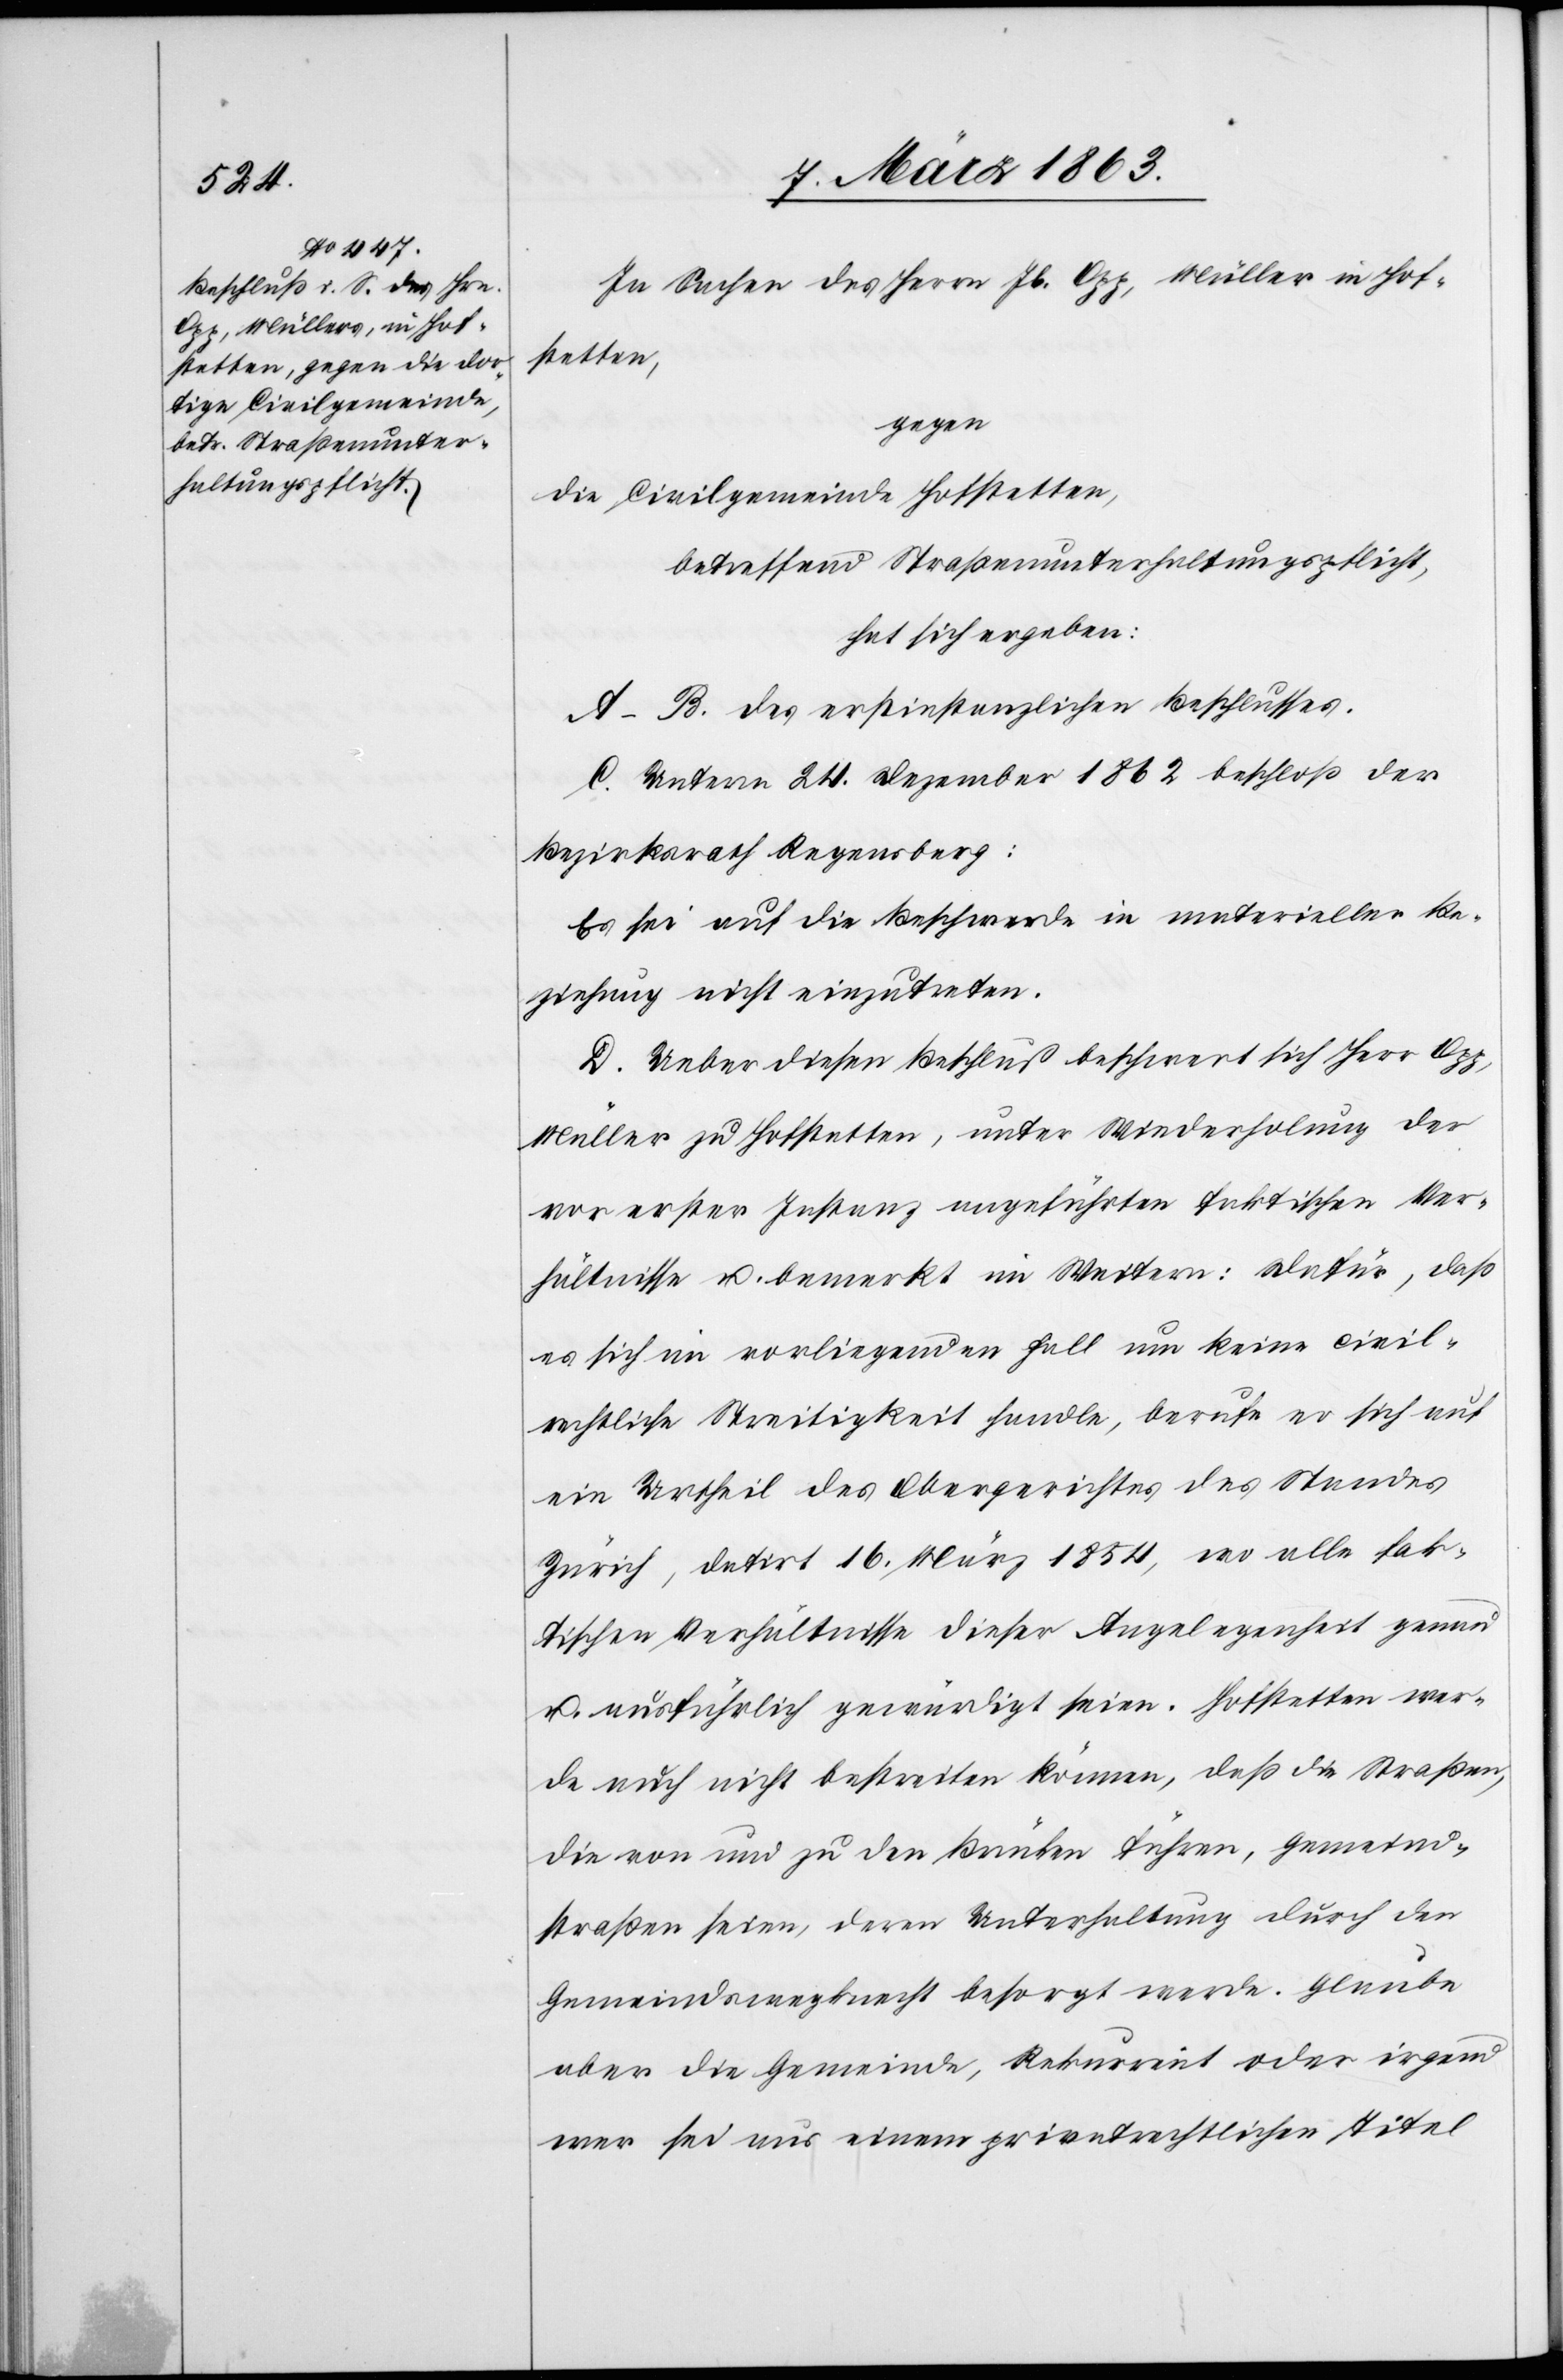
In Sachen des Herrn Jb. Opp, Müller in Hof¬
stetten,
gegen
die Civilgemeinde Hofstetten,
betreffend Straßenunterhaltungspflicht,
hat sich ergeben:
A–B. des erstinstanzlichen Beschlusses.
C. Unterm 24. Dezember 1862 beschloß der
Bezirksrath Regensberg:
Es sei auf die Beschwerde in materieller Be¬
ziehung nicht einzutreten.
D. Ueber diesen Beschluß beschwert sich Herr Opp,
Müller zu Hofstetten, unter Wiederholung der
vor erster Instanz angeführten faktischen Ver¬
hältnisse u. bemerkt im Weitern: Dafür, daß
es sich im vorliegenden Fall um keine civil¬
rechtliche Streitigkeit handle, berufe er sich auf
ein Urtheil des Obergerichtes des Standes
Zürich, datirt 16. März 1854, wo alle fak¬
tischen Verhältnisse dieser Angelegenheit genau
u. ausführlich gewürdigt seien. Hofstetten wer¬
de auch nicht bestreiten können, daß die Straßen,
die von und zu den Brücken führen, Gemeind¬
straßen seien, deren Unterhaltung durch den
Gemeindswegknecht besorgt werde. Glaube
aber die Gemeinde, Rekurrent oder irgend
wer sei aus einem privatrechtlichen Titel